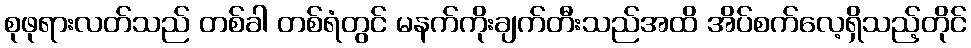
စုဖုရားလတ်သည် တစ်ခါ တစ်ရံတွင် မနက်ကိုးချက်တီးသည်အထိ အိပ်စက်လေ့ရှိသည့်တိုင်